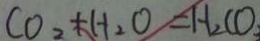
C O _ { 2 } + H _ { 2 } O = H _ { 2 } C O _ { 3 }